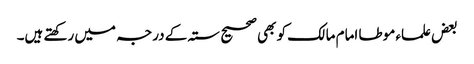
بعض علماء موطا امام مالک کو بھی صحیح ستہ کے درجہ میں رکھتے ہیں۔